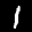
Label: 1